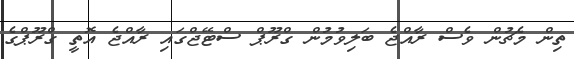
ތިން މެޗުން ވެސް ރާއްޖެ ބަލިވުމުން ގްރޫޕް ސްޓޭޖްގައި ރާއްޖެ އޮތީ ގްރޫޕްގެ